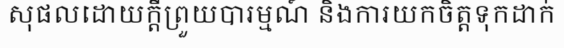
សុផលដោយក្តីព្រួយបារម្មណ៍ និងការយកចិត្តទុកដាក់